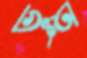
ভুতু